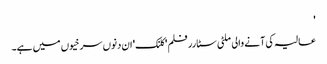
'
عالیہ کی آنے والی ملٹی سٹارر فلم 'کلنک' ان دنوں سرخیوں میں ہے۔